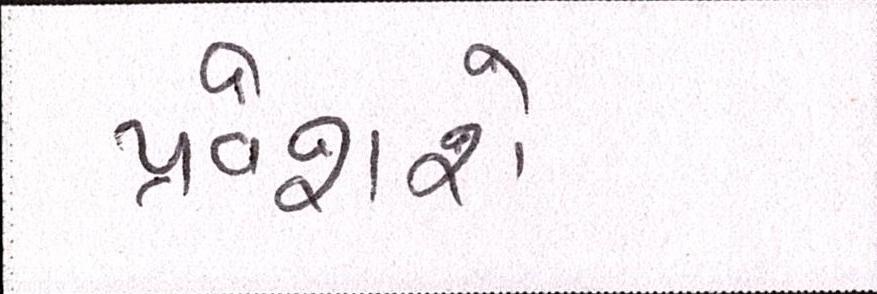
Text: પ્રવેશશે